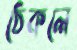
ঠেকলে